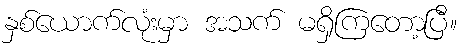
နှစ်ယောက်လုံးမှာ အသက် မရှိကြတော့ပြီ။